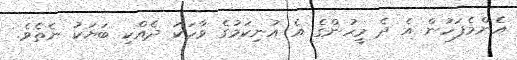
އެންމެފަހުން އެ ދެ މީހުންގެ އެ އުނިކަމުގެ ވާހަކަ ދެއްކި ބަޔަކު ނެތެވެ.